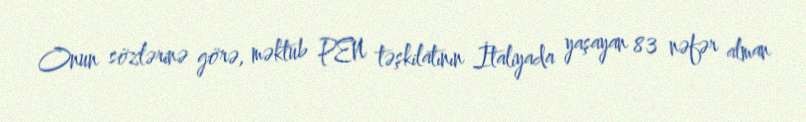
Onun sözlərinə görə, məktub PEN təşkilatının İtaliyada yaşayan 83 nəfər alman